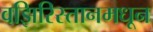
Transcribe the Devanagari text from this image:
वझिरिस्तानमधून